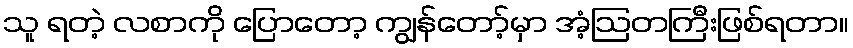
သူ ရတဲ့ လစာကို ပြောတော့ ကျွန်တော့်မှာ အံ့ဩတကြီးဖြစ်ရတာ။